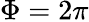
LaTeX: \Phi=2\pi